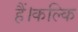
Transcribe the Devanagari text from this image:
हैं।कल्कि